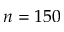
n = 1 5 0